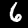
Digit: 6